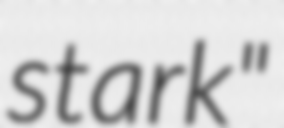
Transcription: stark"